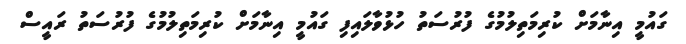
ގައުމީ އިނާމަށް ކުރިމަތިލުމުގެ ފުރުސަތު ހުޅުވާލައިފި ގައުމީ އިނާމަށް ކުރިމަތިލުމުގެ ފުރުސަތު ރައީސް